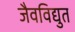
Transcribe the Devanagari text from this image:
जैवविद्युत